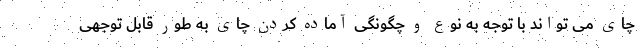
چای می تواند با توجه به نوع و چگونگی آماده کردن چای به طور قابل توجهی